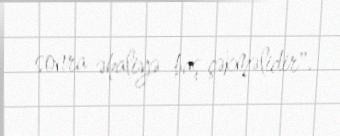
sonra əhaliyə baş çəkməlidir".